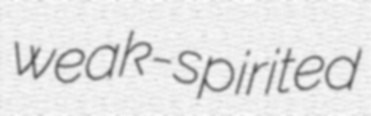
weak-spirited